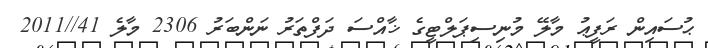
ޙުސައިން ރަފީޢު މާލޭ މުނިސިޕަލްޓީގެ ޚާއްސަ ދަފްތަރު ނަންބަރު 2306 މާލެ 41//2011